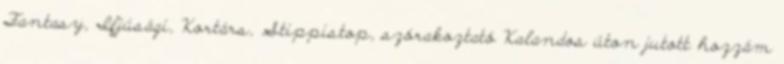
Fantasy, Ifjúsági, Kortárs, Stippistop, szórakoztató Kalandos úton jutott hozzám